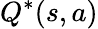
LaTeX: Q^{*}(s,a)